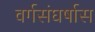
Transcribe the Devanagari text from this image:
वर्गसंघर्षास